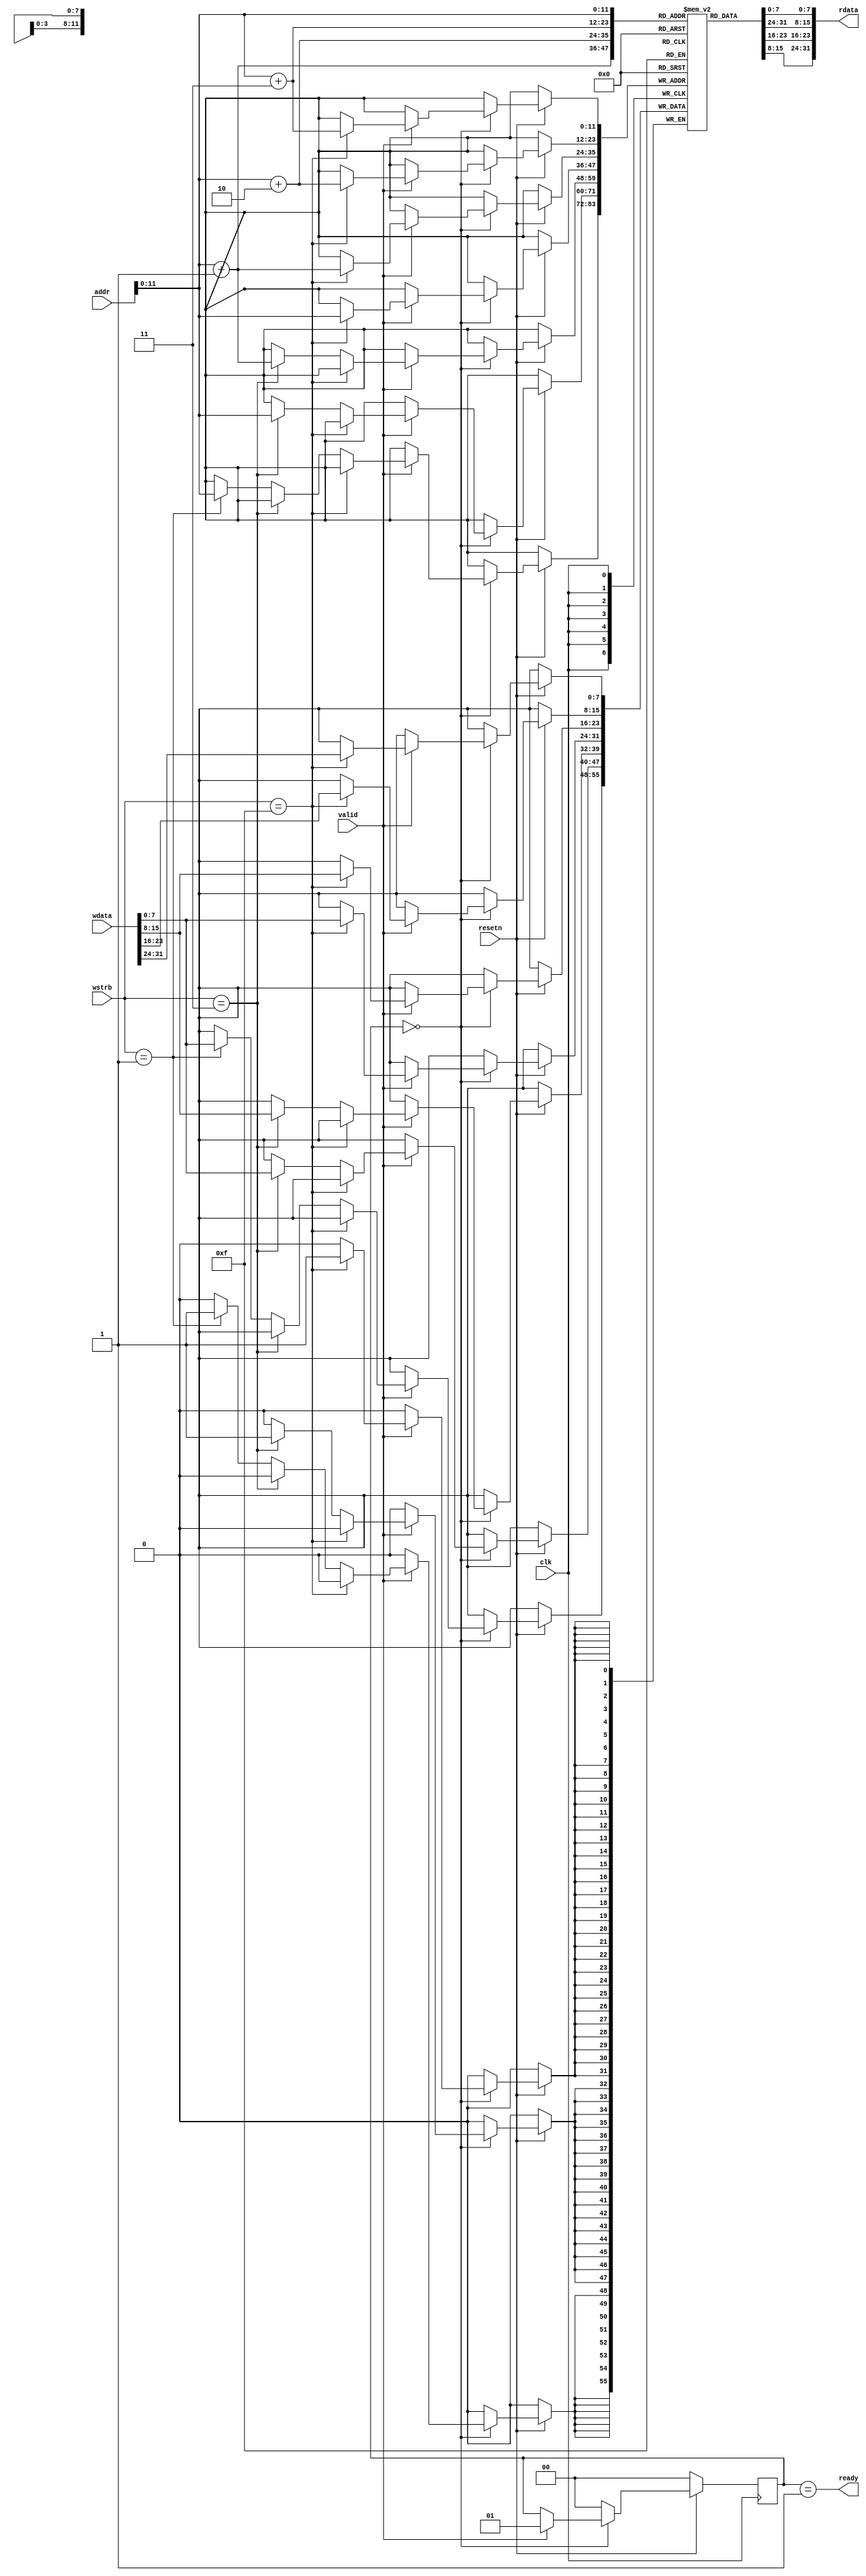
module mem_sim(
    input clk,
    input resetn,

    input         valid,
    output        ready,
    input  [31:0] addr,
    output [31:0] rdata,
    input  [31:0] wdata,
    input  [ 3:0] wstrb
);

initial begin
    //$readmemh("mem.hex", mem_data, 0, 1024);
end

reg [7:0] mem_data[4095:0];

wire [11:0] true_addr = addr[11:0];

reg [1:0] state;

assign ready = state == 2'b01;    

assign rdata = {mem_data[true_addr+3], mem_data[true_addr+2], mem_data[true_addr+1], mem_data[true_addr]};

//state machine
always @(posedge clk) begin
    if (resetn == 1'b0) begin
        state <= 2'b00;
    end 
    else begin
        if (state == 0) begin
            if (valid == 1'b1) begin
                state <= 2'b01;
                if (wstrb == 4'b1111) begin 
                    mem_data[true_addr+3] <= wdata[31:24];
                    mem_data[true_addr+2] <= wdata[23:16];
                    mem_data[true_addr+1] <= wdata[15:8];
                    mem_data[true_addr] <= wdata[7:0];
                end
                else if (wstrb == 4'b0011) begin
                    mem_data[true_addr+1] <= wdata[15:8];
                    mem_data[true_addr] <= wdata[7:0];
                end
                else if (wstrb == 4'b0001) begin 
                    mem_data[true_addr] <= wdata[7:0];
                end
            end
        end
        else state <= 2'b00;
    end
end

endmodule